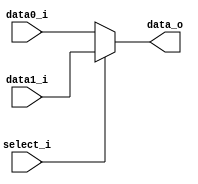
/***************************************************
Student Name:Shawn
Student ID:0816095
***************************************************/

   `timescale 1ns/1ps

   module MUX_2to1(
       input  [31:0] data0_i,
       input  [31:0] data1_i,
       input         select_i,
       output [31:0] data_o
   );

   assign data_o = (select_i==0)?data0_i:data1_i;

   endmodule